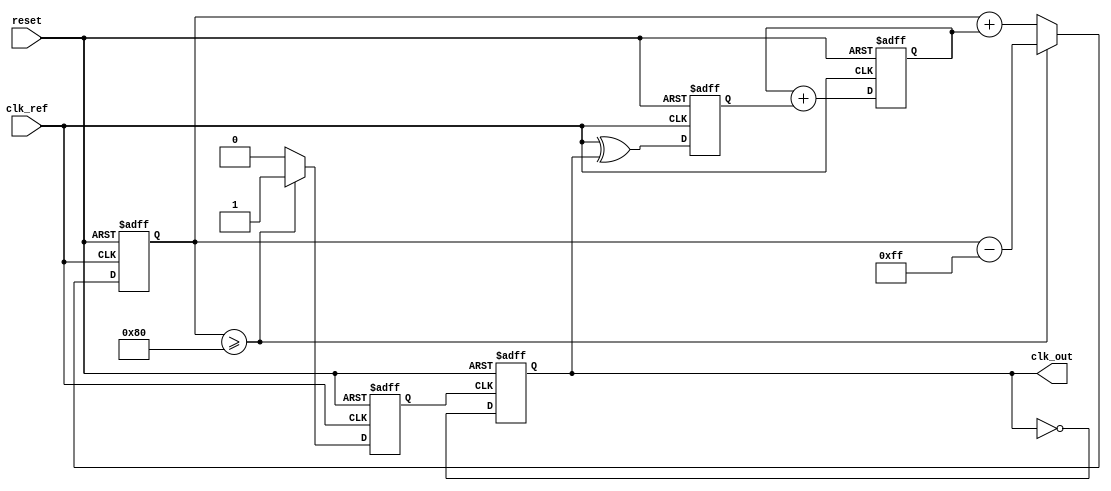
module sigma_delta_pll (
    input wire clk_ref,          // Reference clock input
    input wire reset,            // Asynchronous reset
    output wire clk_out          // Output clock
);
    
    // Phase Detector (PD)
    reg phase_error;             // Phase error signal
    reg clk_vco;                 // VCO output
    reg [7:0] control_voltage;   // Control voltage for VCO
    wire sigma_delta_out;        // Output of Sigma-Delta Modulator
    
    // Loop Filter (LF) - Simple 1st order filter for illustrative purposes
    always @(posedge clk_ref or posedge reset) begin
        if (reset) begin
            control_voltage <= 8'd0;
        end else begin
            control_voltage <= control_voltage + phase_error; // integrate phase error
        end
    end
    
    // Sigma-Delta Modulator (1-bit Modulator)
    reg [7:0] integrator;        // 8-bit integrator for Sigma-Delta
    reg last_out;                // Last output of modulator

    always @(posedge clk_ref or posedge reset) begin
        if (reset) begin
            integrator <= 8'd0;
            last_out <= 1'b0; 
        end else begin
            integrator <= integrator + control_voltage; // Integrate control voltage
            if (integrator >= 8'd128) begin // Threshold for quantization
                last_out <= 1'b1; 
                integrator <= integrator - 8'd255; // adjust integrator
            end else begin
                last_out <= 1'b0; 
            end
        end
    end
    
    assign sigma_delta_out = last_out; // Output of sigma-delta modulator

    // Voltage-Controlled Oscillator (VCO)
    always @(posedge sigma_delta_out or posedge reset) begin
        if (reset) begin
            clk_vco <= 1'b0;
        end else begin
            clk_vco <= ~clk_vco; // Toggle VCO output
        end
    end
    
    // Phase Detector Logic - Simplified
    always @(posedge clk_ref or posedge reset) begin
        if (reset) begin
            phase_error <= 1'b0; 
        end else begin
            // Simplified phase comparison logic
            phase_error <= clk_ref ^ clk_vco; // Compute phase error
        end
    end
    
    assign clk_out = clk_vco; // Final output clock from VCO

endmodule